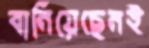
বানিয়েছেনই